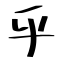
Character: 乎